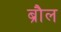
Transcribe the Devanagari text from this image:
ब्रौल